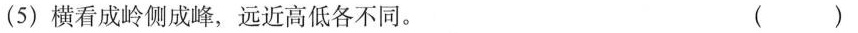
(5)横看成岭侧成峰，远近高低各不同。